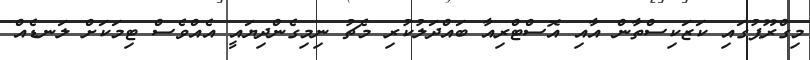
މިގްރޫޕުގައި ކަޒަކިސްތާން އާއި އޮސްޓްރިއާ ބައްދަލުކުރި މެޗު ނިމިގެންދިޔައީ އެއްވެސް ޓިމަކަށް ލަނޑެއް